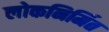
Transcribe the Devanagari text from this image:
लोकनिर्मित